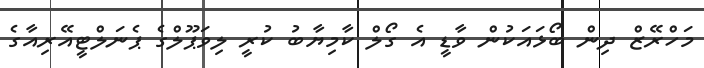
މަހްރޭޒް ދިން ބޯޅައަކުން ވާޑީ އެ ގޯލް ކާމިޔާބު ކުރީ ލިވަޕޫލްގެ ޕެނަލްޓީއޭރިއާގެ